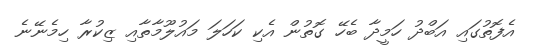
އެފޮތުގައި އަބްދު ހަމީދާ ބެހޭ ގޮތުން އެކި ކަހަލަ މައުލޫމާތާއި ޒިކުރާ ހިމެނޭނެ